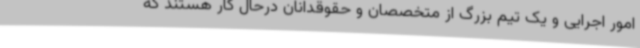
امور اجرایی و یک تیم بزرگ از متخصصان و حقوقدانان درحال کار هستند که